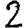
Digit: 2